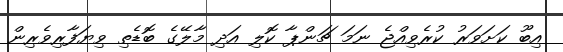
އިބޫ ކަށަވަރު ކުރެވިއްޖެ ނަމަ ޗަންޕާ ކޮލި އަދި މާލޭގެ ބޮޑެތި ވިޔަފާރިވެރިން